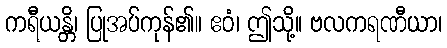
ကရီယန္တိ၊ ပြုအပ်ကုန်၏။ ဧဝံ၊ ဤသို့။ ဗလကရဏီယာ၊